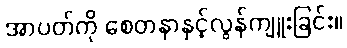
အာပတ်ကို စေတနာနှင့်လွန်ကျူးခြင်း။